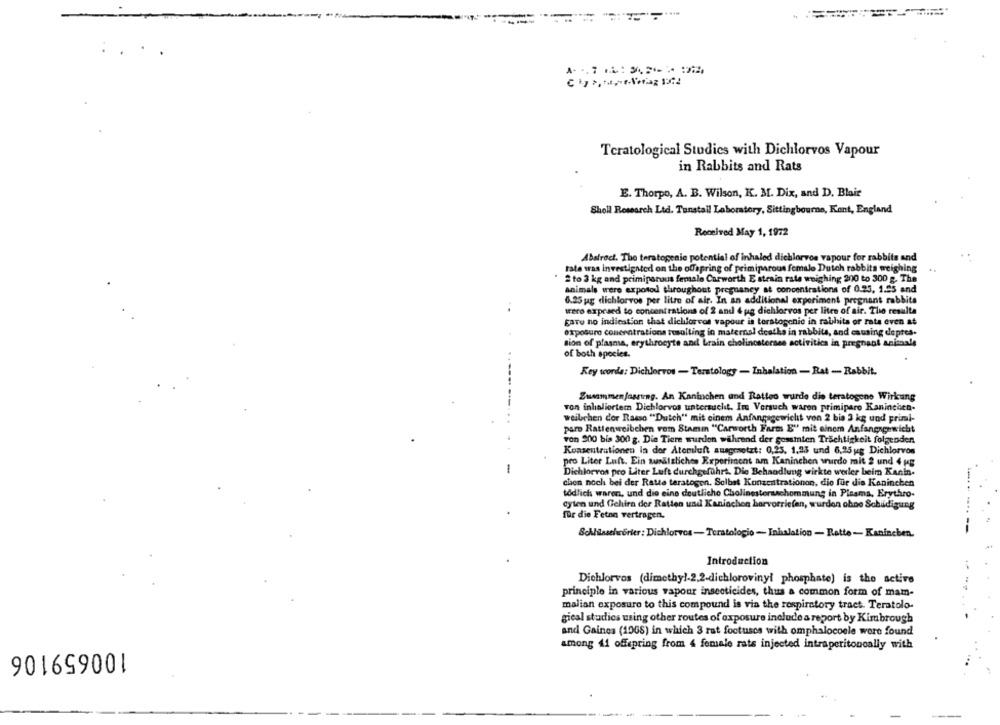
...
Teratological Studies with Dichlorvos Vapour
in Rabbits and Rats
E. Thorpo, A. B. Wilson, K. M. Dix, and D. Blair
Sholl Research Ltd. Tunstall Laboratory, Sittingbourne, Kent, England
Received May 1, 1972
Abstract. The teratogenic potential of inhaled dichlorvos vapour for rabbits and
tate was investigated on the offspring of primiparous female Dutch rabbits weighing
2 to 3 kg and primipanaus female Carworth E strain rate weighing 200 to 300 g. The
animals were erpotod throughout pregnancy at concentrations of 0.25, 1.95 and
6.25 ug dichlorvos per litre of air. In an additional experiment pregnant rabbits
were expraed to concentrations of 2 and 4 pg dichlorvos per litee of air. The resulta
gare no indication that dichlorvos vapour is teratogenic in rabhita or rate even at
exposure concentrationa resulting in maternal deaths in rabbits, and causing depres-
sion of plasma, erythrocyte and brain cholincsterses activities in pregnant animale
of both species.
Key words: Dichlorvos - Teratology - Inhalation - Rat - Rabbit.
Zusammenfassung. An Kaninchen and Ratteo wurde die teratogene Wirkung
von inhaliorter Dichlorvos untersucht. It Versuch waren primiparo Kaninchen-
weilchen dor Rasso "Dutch" mit einem Anfangsgewicht von 2 bis 3 kg und primi-
paro Rattenweibchen rom Stammn "Carworth Farm E'' mit einem Anfangagewicht
von 900 bis 300 g. Die Tiere wurden während der gesamten Trächtigkeit folgenden
Konzentrationen In der Atemluft ausgesetzt: 0,25, 1,23 und 6,25ug Dichlorvos
pro Liter Luft. Ein zusätzliches Experiment am Kaninchen wurde mit 2 und 4 KB
-
Dichlorvos pro Liter Luft durchgeführt. Die Behandlung wirkte werler beim Kanin.
chen noch bei der Ratte teratogen. Selbst Konzentrationon, die für die Kaninchen
todlich waren, und die eine deutliche Cholinestersschommung in Pisama, Erythro-
cylen und Gchira der Ratten und Kaninchen harvorriefen, wurden ohne Schädigung
für die Feten vertragen.
Bohhilssehrorier: Dichlorvos-Teratologio - Inhalation - Ratte - Kaninchen.
Introduction
Dichlorvos (dimethyl-2.2-dichloroviny! phosphate) is the active
principle in various vapour insecticides, thus a common form of mam-
malian exposure to this compound is via the respiratory tract. Teratolo-
gical studies using other routes of exposure include a report by Kimbrough
and Gaines (1968) in which 3 rat footuses with omphalocoele were found
among 41 offspring from 4 female rats injected intraperitoneally with
100659106